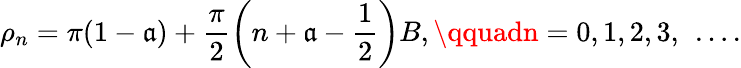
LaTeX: \rho_{n}=\pi(1-\mathfrak{a})+\frac{{\pi}}{{2}}\left(n+\mathfrak{a}-\frac{{1}}{{2}}\right)B,\qquadn=0,1,2,3,\ \dots.